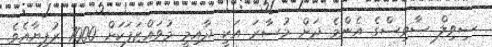
ސިވިލް ސާވިސްގެ އެންމެ ދަށް މުސާރަ އަކީ ދާއިމީ މުވައްޒަފަކަށް 7000 ރުފިޔާއެވެ.